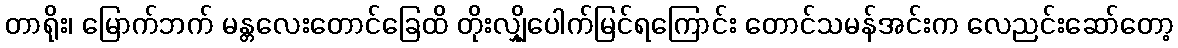
တာရိုး၊ မြောက်ဘက် မန္တလေးတောင်ခြေထိ တိုးလျှိုပေါက်မြင်ရကြောင်း တောင်သမန်အင်းက လေညင်းဆော်တော့